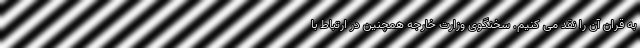
به قران آن را نقد می کنیم. سخنگوی وزارت خارجه همچنین در ارتباط با